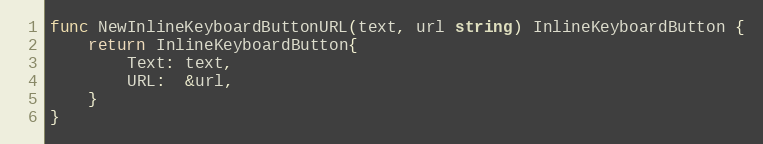
Language: Go
func NewInlineKeyboardButtonURL(text, url string) InlineKeyboardButton {
	return InlineKeyboardButton{
		Text: text,
		URL:  &url,
	}
}